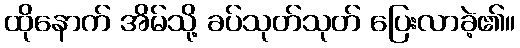
ထိုနောက် အိမ်သို့ ခပ်သုတ်သုတ် ပြေးလာခဲ့၏။